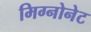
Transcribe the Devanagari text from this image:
मिग्नोनेट